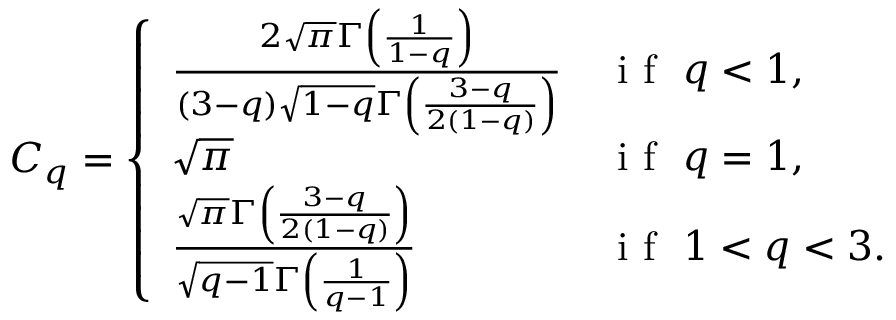
C _ { q } = \left\{ \begin{array} { l l } { \frac { 2 \sqrt { \pi } \Gamma \left( \frac { 1 } { 1 - q } \right) } { \left( 3 - q \right) \sqrt { 1 - q } \Gamma \left( \frac { 3 - q } { 2 \left( 1 - q \right) } \right) } } & { \textrm { i f } \ q < 1 , } \\ { \sqrt { \pi } } & { \textrm { i f } \ q = 1 , } \\ { \frac { \sqrt { \pi } \Gamma \left( \frac { 3 - q } { 2 \left( 1 - q \right) } \right) } { \sqrt { q - 1 } \Gamma \left( \frac { 1 } { q - 1 } \right) } } & { \textrm { i f } \ 1 < q < 3 . } \end{array} \right.